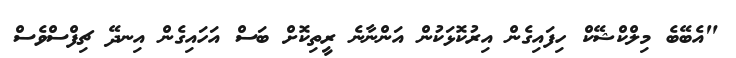
"އެބޭބެ މިލްކްޝޭކް ހިފައިގެން އިރުކޮޅަކުން އަންނާނެ ރީތިކޮށް ބަސް އަހައިގެން އިނދޭ ޗިފްސްވެސް